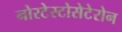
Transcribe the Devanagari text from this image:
नोरटेस्टोसेटेरोन